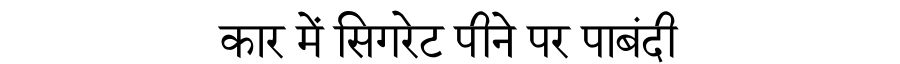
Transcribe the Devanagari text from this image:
कार में सिगरेट पीने पर पाबंदी